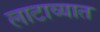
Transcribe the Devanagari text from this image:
लाटाव्यात